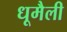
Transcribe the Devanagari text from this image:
धूमैली